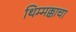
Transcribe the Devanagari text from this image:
थिम्मक्काचा